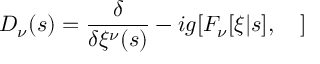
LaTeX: { \cal D } _ { \nu } ( s ) = \frac { \delta } { \delta \xi ^ { \nu } ( s ) } - i g [ F _ { \nu } [ \xi | s ] , \ \ \ ]